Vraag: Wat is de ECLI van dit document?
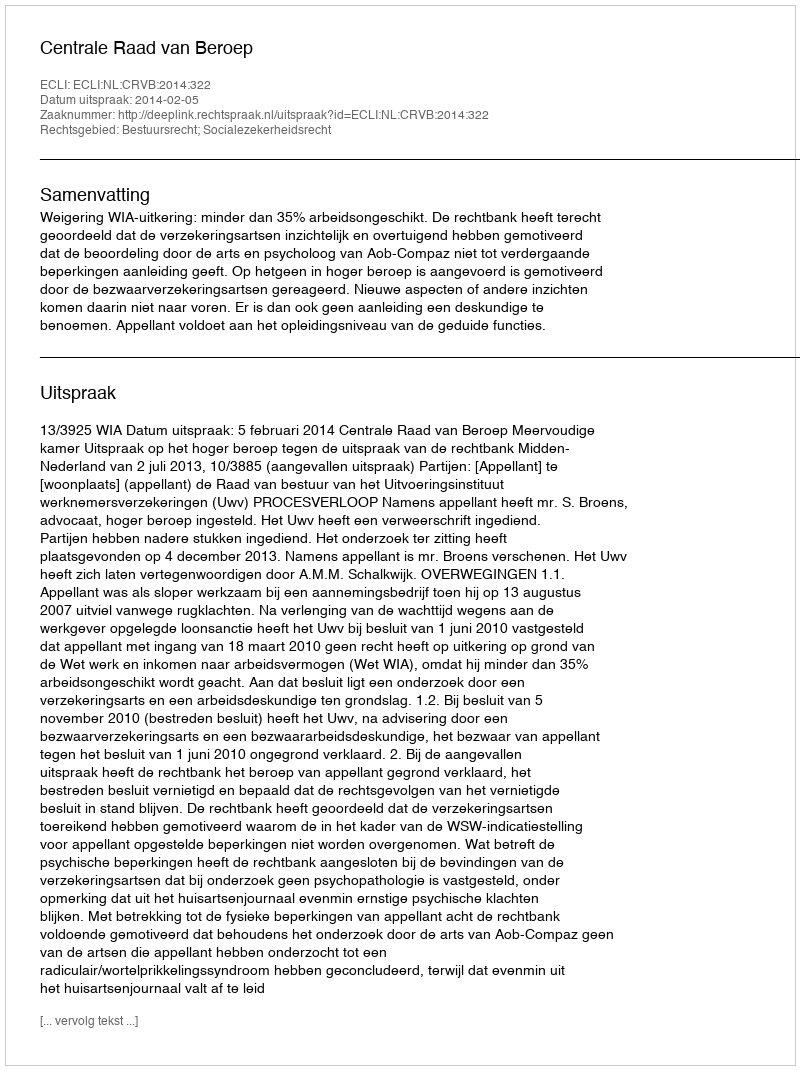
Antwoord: ECLI:NL:CRVB:2014:322